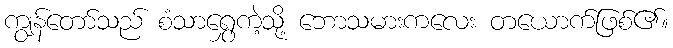
ကျွန်တော်သည် စံသာရွှေက့ဲသို့ ဘောသမားကလေး တယောက်ဖြစ်၏။